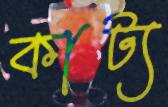
কাট্য